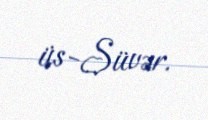
üs-Süvər.